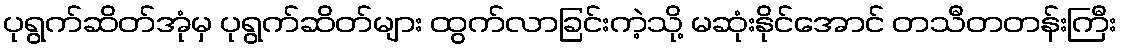
ပုရွက်ဆိတ်အုံမှ ပုရွက်ဆိတ်များ ထွက်လာခြင်းကဲ့သို့ မဆုံးနိုင်အောင် တသီတတန်းကြီး